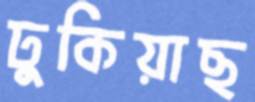
ঢুকিয়াছ